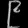
Digit: ၉